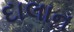
દાલાન